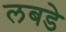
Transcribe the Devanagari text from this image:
लबडे